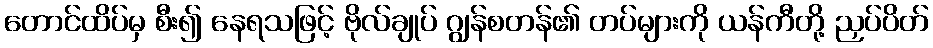
တောင်ထိပ်မှ စီး၍ နေရသဖြင့် ဗိုလ်ချုပ် ဂျွန်စတန်၏ တပ်များကို ယန်ကီတို့ ညှပ်ပိတ်